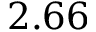
2 . 6 6